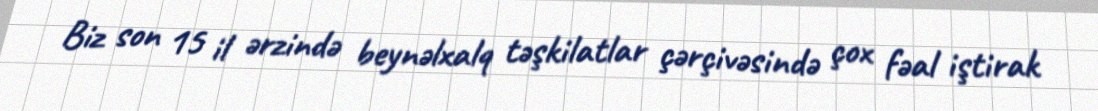
Biz son 15 il ərzində beynəlxalq təşkilatlar çərçivəsində çox fəal iştirak